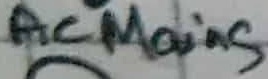
Text: ACMains